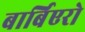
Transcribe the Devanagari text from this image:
बार्बिएरो